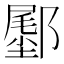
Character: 𬪛